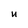
Character: u